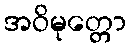
အဝိမုတ္တော